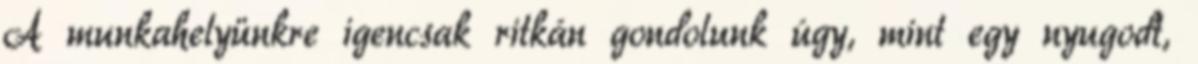
A munkahelyünkre igencsak ritkán gondolunk úgy, mint egy nyugodt,